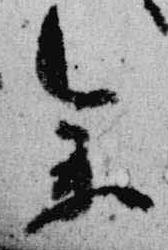
参